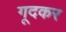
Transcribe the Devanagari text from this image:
गूदकर